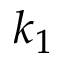
k _ { 1 }